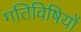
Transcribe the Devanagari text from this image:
गतिविषियों